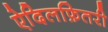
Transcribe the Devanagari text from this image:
ऐदिलफ़ितरी